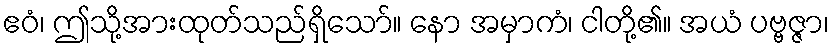
ဧဝံ၊ ဤသို့အားထုတ်သည်ရှိသော်။ နော အမှာကံ၊ ငါတို့၏။ အယံ ပဗ္ဗဇ္ဇာ၊